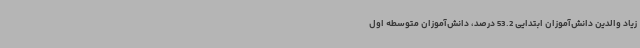
زیاد والدین دانش‌آموزان ابتدایی 53.2 درصد، دانش‌آموزان متوسطه اول